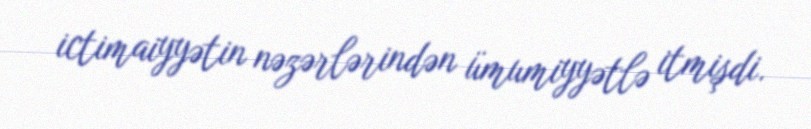
ictimaiyyətin nəzərlərindən ümumiyyətlə itmişdi.